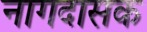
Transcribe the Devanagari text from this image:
नागदासक